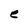
Character: e